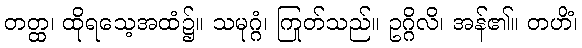
တတ္ထ၊ ထိုရသေ့အထံ၌။ သမုဂ္ဂံ၊ ကြုတ်သည်။ ဥဂ္ဂိလိ၊ အန်၏။ တဟိံ၊